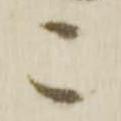
こ